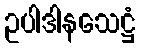
ဥပါဒါနသေဋ္ဌံ